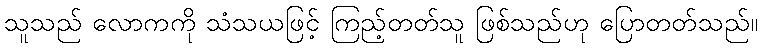
သူသည် လောကကို သံသယဖြင့် ကြည့်တတ်သူ ဖြစ်သည်ဟု ပြောတတ်သည်။